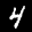
Label: 4